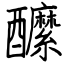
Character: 醿